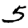
Digit: 5